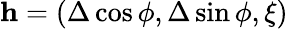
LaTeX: {\mathbf h}=(\Delta\cos\phi,\Delta\sin\phi,\xi)